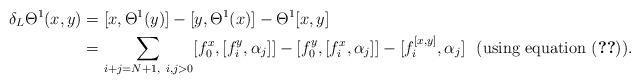
LaTeX: \begin{align*}\delta_L\Theta^1(x,y)&=[x,\Theta^1(y)]-[y,\Theta^1(x)]-\Theta^1[x,y]\\&=\sum_{i+j=N+1,~i,j>0}[f_0^x,[f_i^y,\alpha_j]]-[f_0^y,[f_i^x,\alpha_j]]-[f_i^{[x,y]},\alpha_j] ~~\mbox{(using equation \eqref{c3})}.\end{align*}